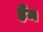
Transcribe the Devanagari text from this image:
हैंम